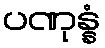
ပဏုန္နံ